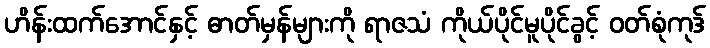
ဟိန်းထက်အောင်နှင့် ဓာတ်မှန်များကို ရာဇသံ ကိုယ်ပိုင်မူပိုင်ခွင့် ဝတ်စုံကုဒ်